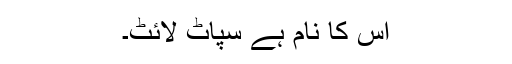
اس کا نام ہے سپاٹ لائٹ۔